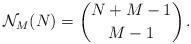
LaTeX: \begin{align*}\mathcal{N}_M(N) = {N+M-1 \choose M-1}\,.\end{align*}